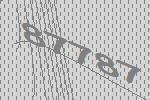
87787